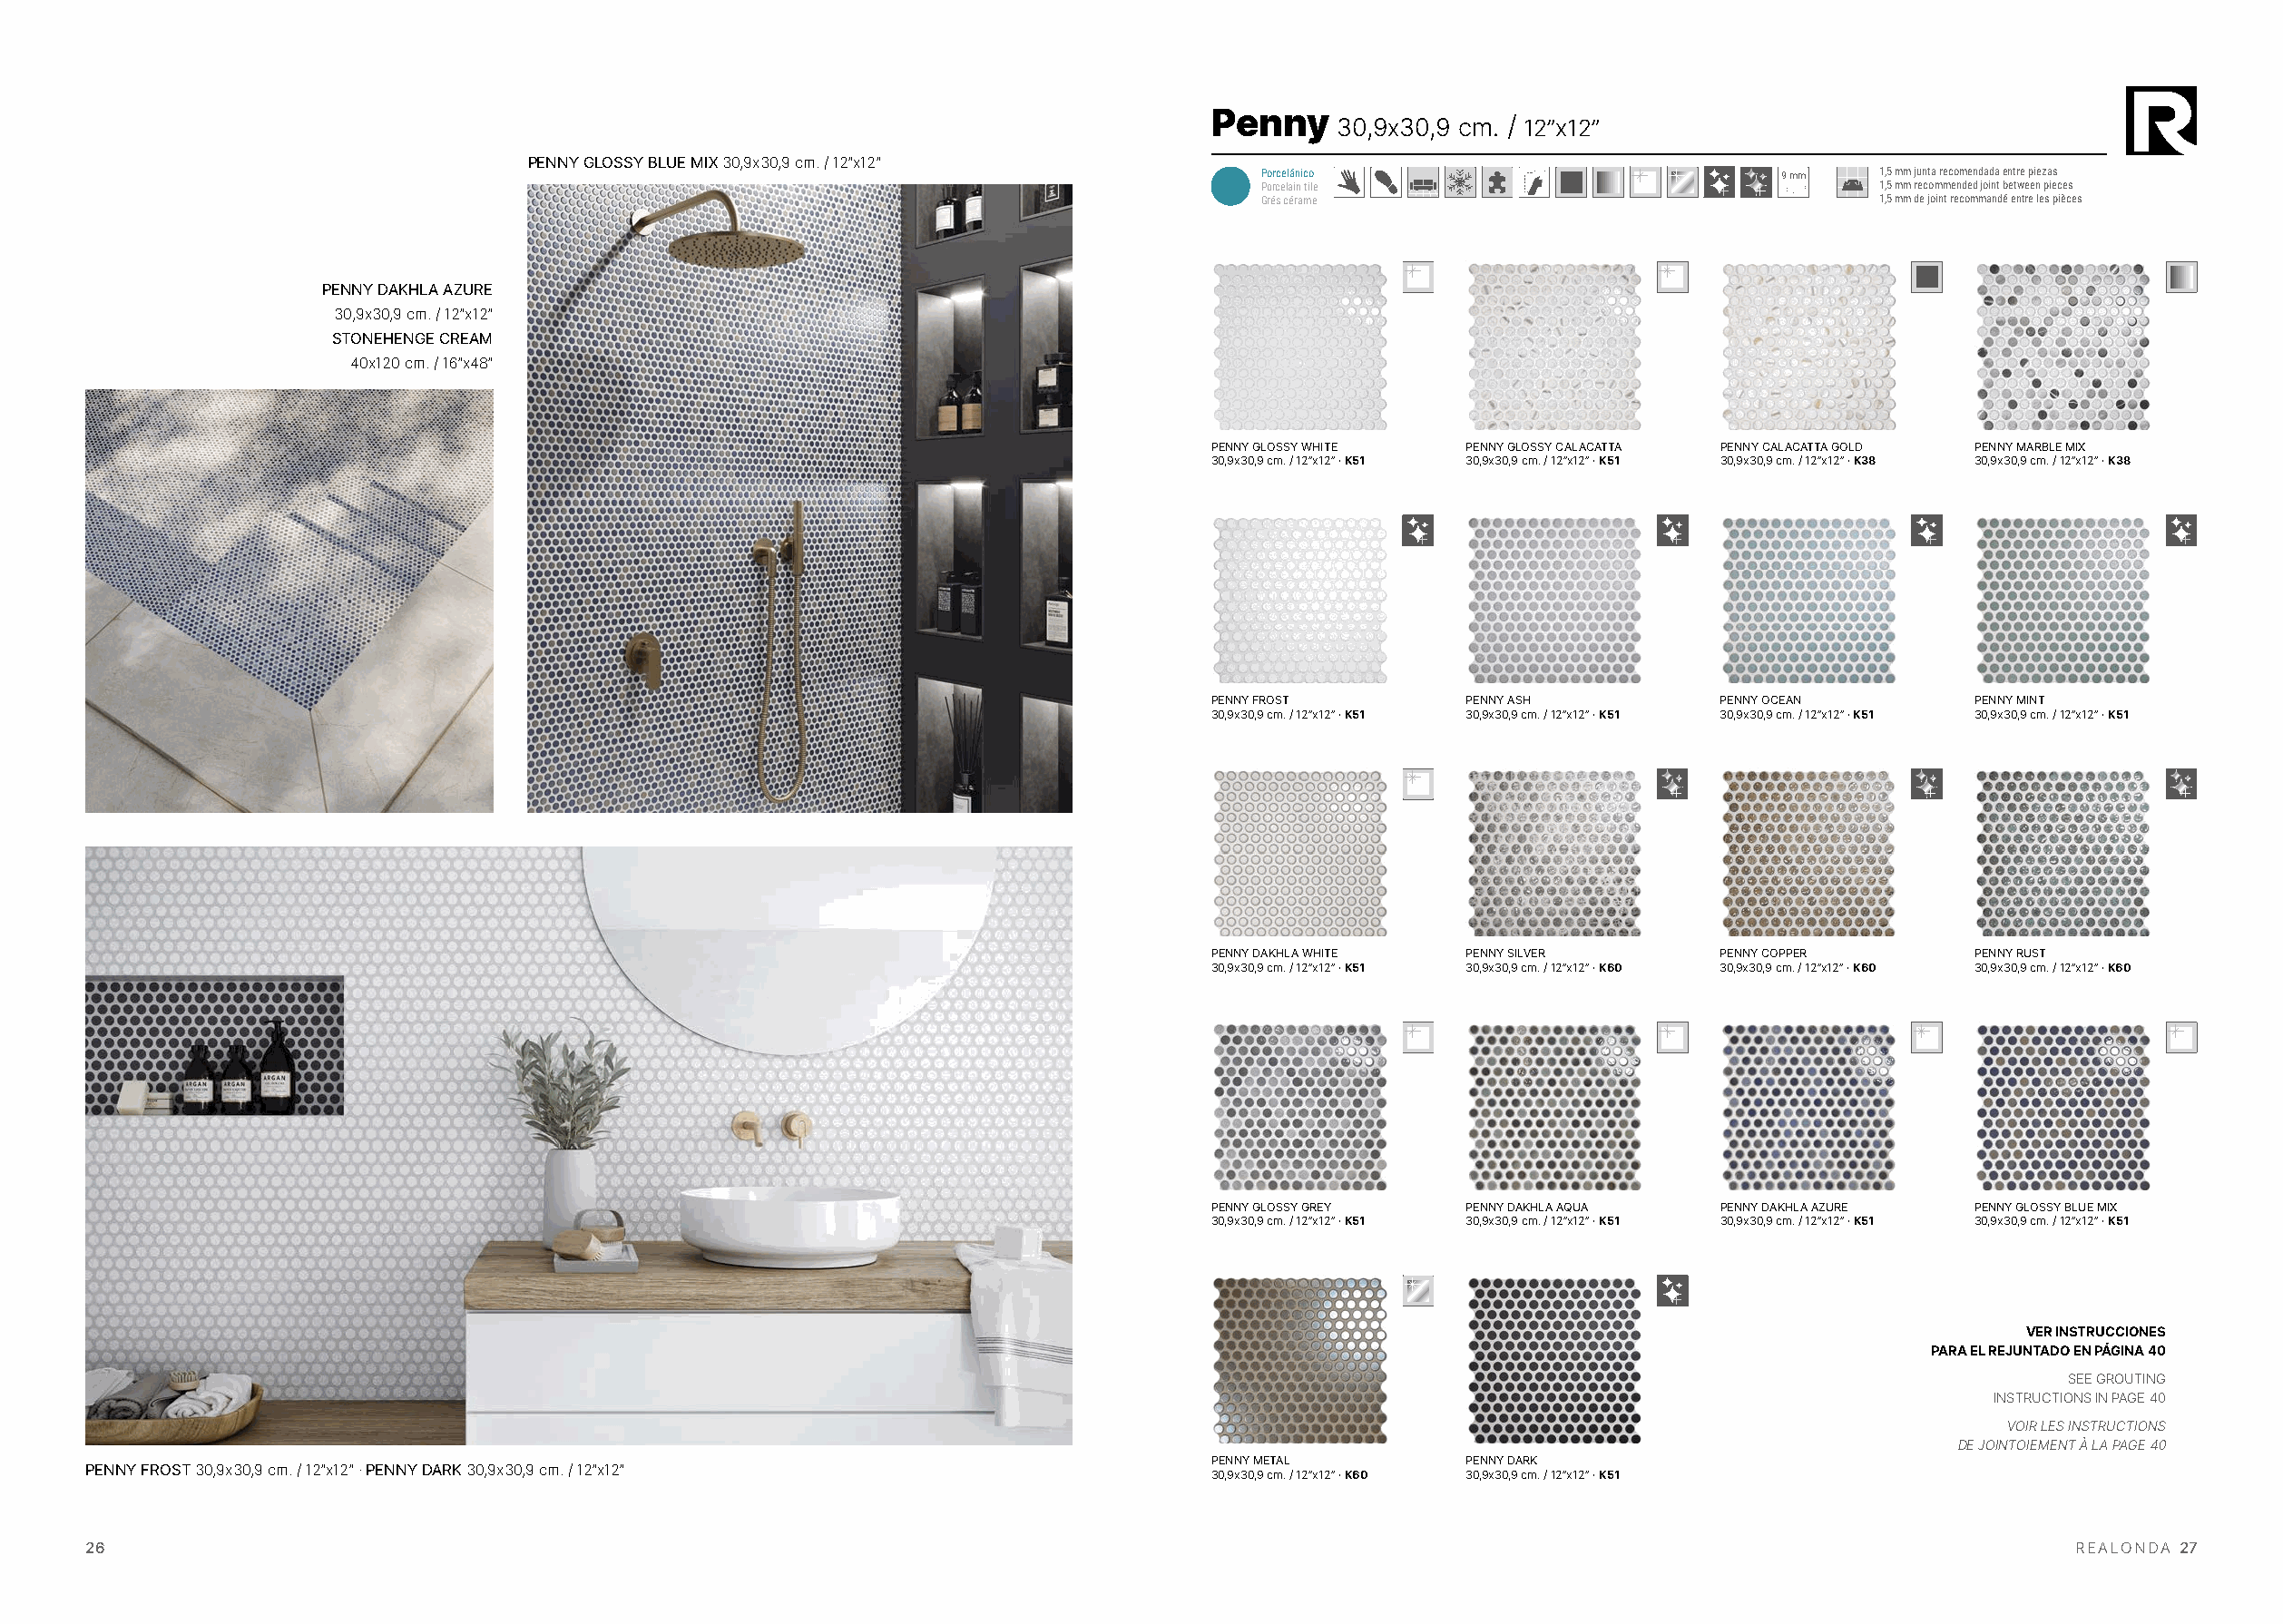
Penny
 30,9x30,9 cm. / 12”x12”
 PENNY GLOSSY BLUE MIX30,9x30,9 cm. / 12”x12”
 Porcelánico                           9 mm   1,5 mm junta recomendada entre piezas
 Porcelain tile                               1,5 mm recommended joint between pieces
 Grés cérame                                  1,5 mm de joint recommandé entre les pièces
 PENNY DAKHLA AZURE
 30,9x30,9 cm. / 12”x12”
 STONEHENGE CREAM
 40x120 cm. / 16”x48”
 PENNY GLOSSY WHITE PENNY GLOSSY CALACATTA PENNY CALACATTA GOLD PENNY MARBLE MIX
 30,9x30,9 cm. / 12”x12” · K51 30,9x30,9 cm. / 12”x12” · K51 30,9x30,9 cm. / 12”x12” · K38 30,9x30,9 cm. / 12”x12” · K38
 PENNY FROST        PENNY ASH         PENNY OCEAN        PENNY MINT
 30,9x30,9 cm. / 12”x12” · K51 30,9x30,9 cm. / 12”x12” · K51 30,9x30,9 cm. / 12”x12” · K51 30,9x30,9 cm. / 12”x12” · K51
 PENNY DAKHLA WHITE PENNY SILVER      PENNY COPPER       PENNY RUST
 30,9x30,9 cm. / 12”x12” · K51 30,9x30,9 cm. / 12”x12” · K60 30,9x30,9 cm. / 12”x12” · K60 30,9x30,9 cm. / 12”x12” · K60
 PENNY GLOSSY GREY  PENNY DAKHLA AQUA PENNY DAKHLA AZURE PENNY GLOSSY BLUE MIX
 30,9x30,9 cm. / 12”x12” · K51 30,9x30,9 cm. / 12”x12” · K51 30,9x30,9 cm. / 12”x12” · K51 30,9x30,9 cm. / 12”x12” · K51
 VER INSTRUCCIONES
 PARA EL REJUNTADO EN PÁGINA 40
 SEE GROUTING
 INSTRUCTIONSIN PAGE 40
 VOIR LES INSTRUCTIONS
 DE JOINTOIEMENT À LA PAGE 40
 PENNY METAL        PENNY DARK
 PENNY FROST30,9x30,9 cm. / 12”x12” · PENNY DARK30,9x30,9 cm. / 12”x12”
 30,9x30,9 cm. / 12”x12” · K60 30,9x30,9 cm. / 12”x12” · K51
 26                                                                                                                                               REALONDA 27